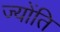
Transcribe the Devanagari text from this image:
ज्योंति